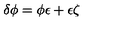
\delta \phi = \phi \epsilon + \epsilon \zeta